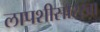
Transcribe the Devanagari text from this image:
लापशीसारखा